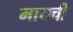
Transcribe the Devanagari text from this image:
मायची